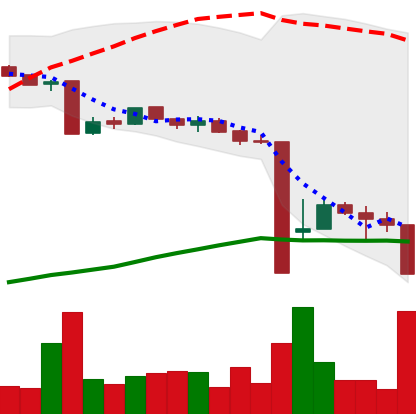
Ticker: BTC-USD
Chart end date: 2015-08-24
Forward return: 9.162%
Label: up_7plus